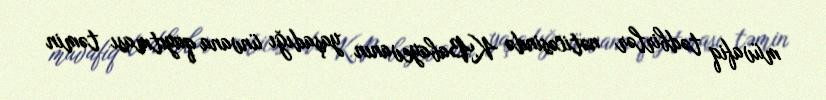
müvafiq tədbirlər nəticəsində K.Babayevanın yaşadığı ünvana qayıtması təmin